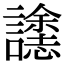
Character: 𮙄